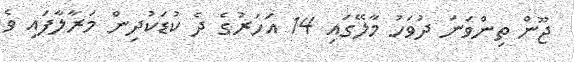
ޖޫން ތިންވަނަ ދުވަހު މާލޭގައި 14 އަހަރުގެ ދެ ކުޑަކުދިން މަރާލާފައި ވެ